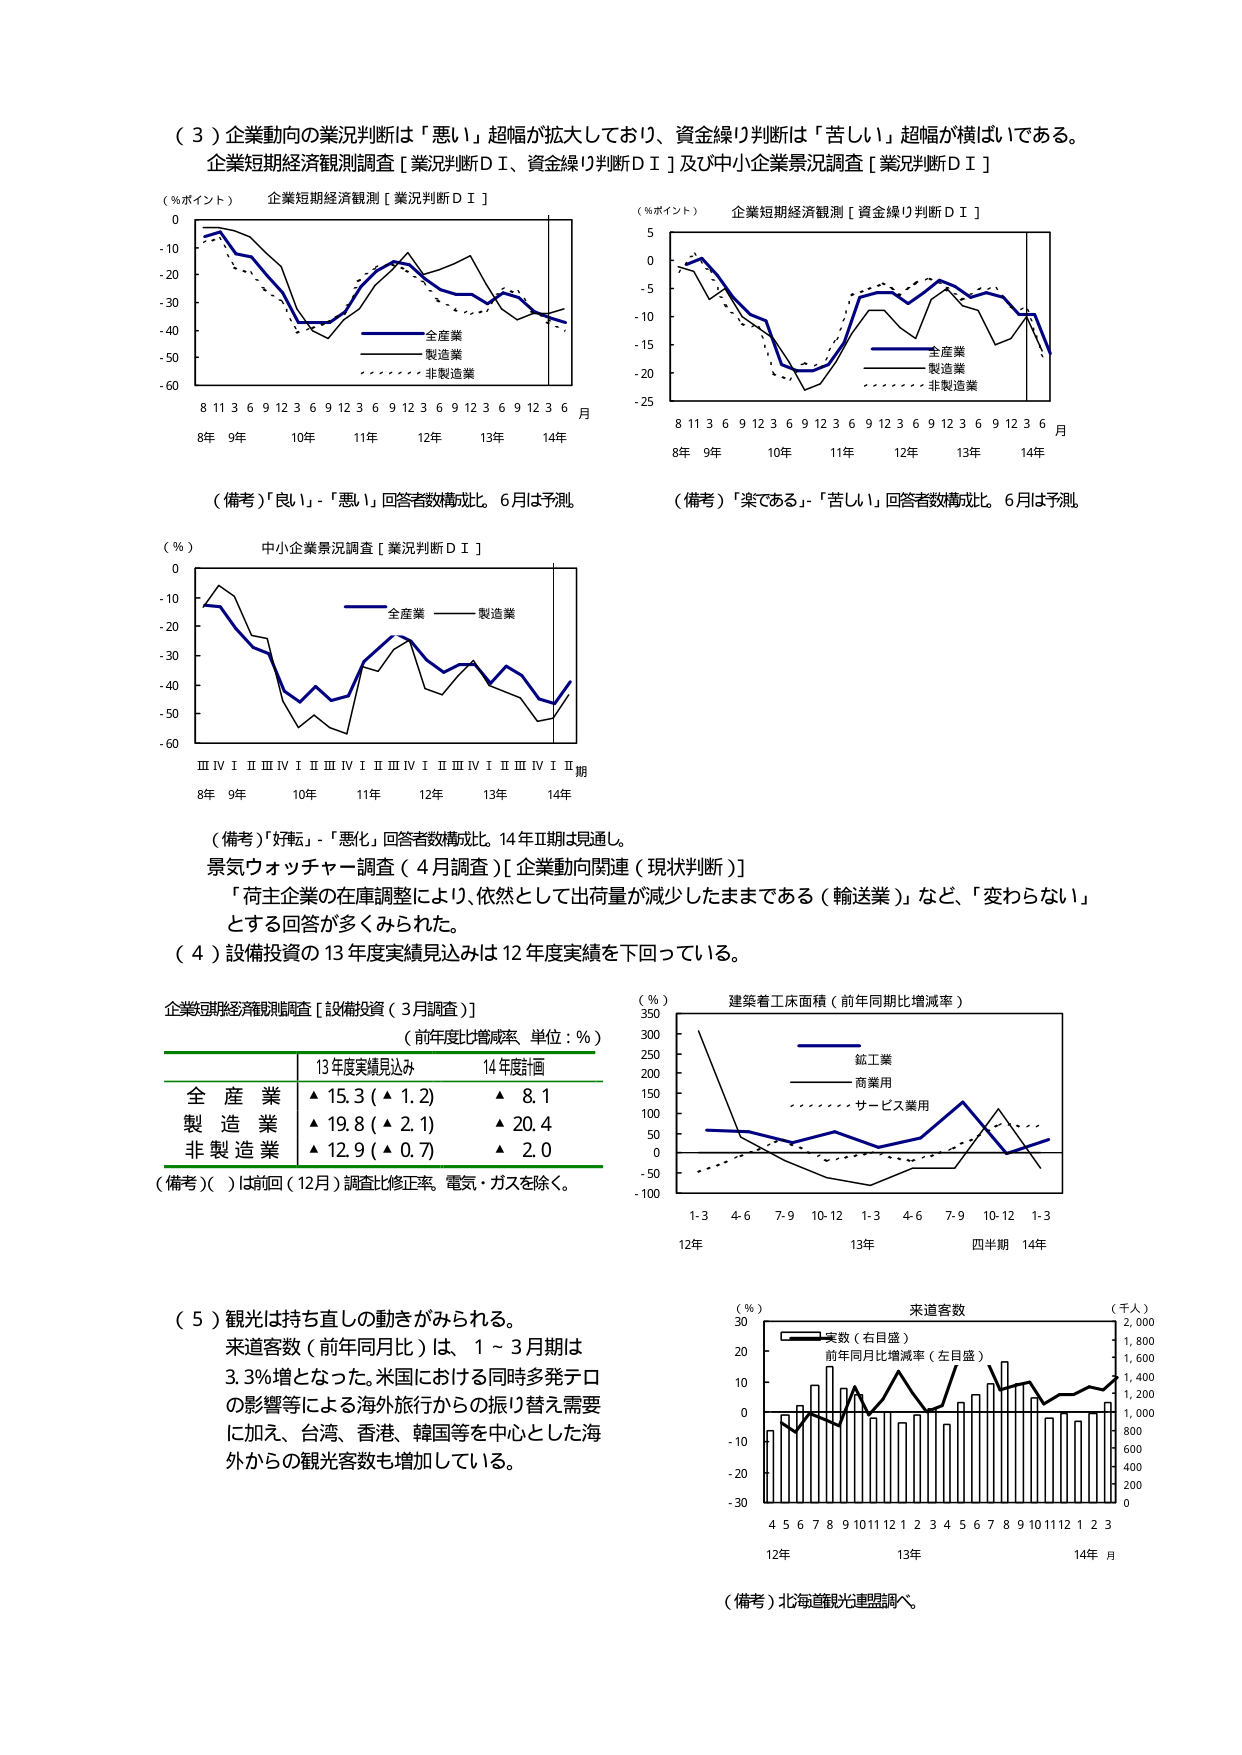
（３）企業動向の業況判断は「悪い」超幅が拡大しており、資金繰り判断は「苦しい」超幅が横ばいである。
企業短期経済観測調査［業況判断ＤＩ、資金繰り判断ＤＩ］及び中小企業景況調査［業況判断ＤＩ］

（％ポイント） 企業短期経済観測［業況判断ＤＩ］
0
-10
-20
-30
-40
-50
-60
8 11 3 6 9 12 3 6 9 12 3 6 9 12 3 6 9 12 3 6 月
8年 9年 10年 11年 12年 13年 14年
全産業
製造業
非製造業

（％ポイント） 企業短期経済観測［資金繰り判断ＤＩ］
5
0
-5
-10
-15
-20
-25
8 11 3 6 9 12 3 6 9 12 3 6 9 12 3 6 9 12 3 6 月
8年 9年 10年 11年 12年 13年 14年
全産業
製造業
非製造業

（備考）「良い」-「悪い」回答者数構成比。6月は予測。
（備考）「楽である」-「苦しい」回答者数構成比。6月は予測。

（％） 中小企業景況調査［業況判断ＤＩ］
0
-10
-20
-30
-40
-50
-60
ⅢⅣⅠⅡⅢⅣⅠⅡⅢⅣⅠⅡⅢⅣⅠⅡⅢⅣⅠⅡⅢⅣⅠⅡ期
8年 9年 10年 11年 12年 13年 14年
全産業
製造業

（備考）「好転」-「悪化」回答者数構成比。14年Ⅱ期は見通し。
景気ウォッチャー調査（4月調査）［企業動向関連（現状判断）］
「荷主企業の在庫調整により、依然として出荷量が減少したままである（輸送業）」など、「変わらない」
とする回答が多くみられた。

（４）設備投資の13年度実績見込みは12年度実績を下回っている。
企業短期経済観測調査［設備投資（3月調査）］
（前年度比増減率 単位：％）
| | 13年度実績見込み | 14年度計画 |
|---|---|---|
| 全産業 | ▲15.3（▲1.2） | ▲8.1 |
| 製造業 | ▲19.8（▲2.1） | ▲20.4 |
| 非製造業 | ▲12.9（▲0.7） | ▲2.0 |
（備考）（ ）は前回（12月）調査比修正率。電気・ガスを除く。

（％） 建築着工床面積（前年同期比増減率）
350
300
250
200
150
100
50
0
-50
-100
1-3 4-6 7-9 10-12 1-3 4-6 7-9 10-12 1-3
12年 13年 四半期 14年
鉱工業
商業用
サービス業用

（５）観光は持ち直しの動きがみられる。
来道客数（前年同月比）は、1～3月期は
3.3％増となった。米国における同時多発テロ
の影響等による海外旅行からの振り替え需要
に加え、台湾、香港、韓国等を中心とした海
外からの観光客数も増加している。

（％） 来道客数 （千人）
30 2,000
20 1,800
10 1,600
0 1,400
-10 1,200
-20 1,000
-30 800
600
400
200
0
4 5 6 7 8 9 10 11 12 1 2 3 4 5 6 7 8 9 10 11 12 1 2 3
12年 13年 14年 月
実数（右目盛）
前年同月比増減率（左目盛）
（備考）北海道観光連盟調べ。